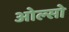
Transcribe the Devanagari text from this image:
ओल्सो